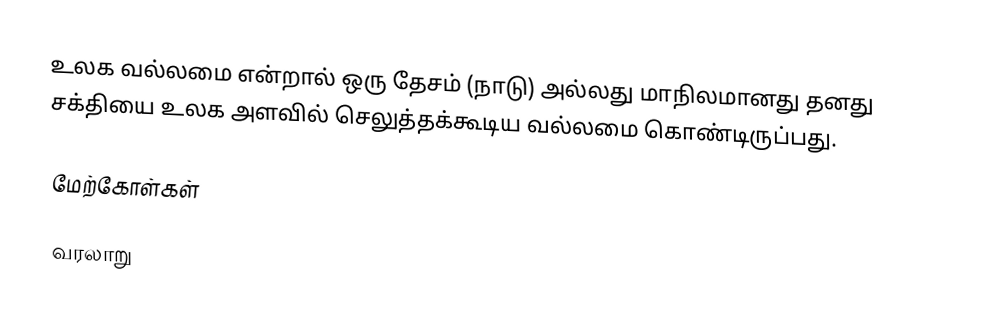
உலக வல்லமை என்றால் ஒரு தேசம் (நாடு) அல்லது மாநிலமானது தனது சக்தியை உலக அளவில் செலுத்தக்கூடிய வல்லமை கொண்டிருப்பது.

மேற்கோள்கள்

வரலாறு